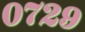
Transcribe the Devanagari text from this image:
०७२९